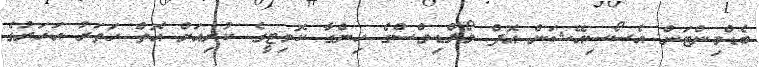
ބެޑްމިންޓަން އެސޯސިއޭޝަން އޮފް މޯލްޑިވްސްގެ ހިންގާ ކޮމިޓީގެ ކުރިއަށް އޮތް ހަތަރު އަހަރުގެ